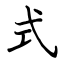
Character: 式